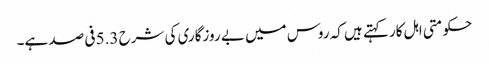
حکومتی اہل کار کہتے ہیں کہ روس میں بے روزگاری کی شرح 5.3 فی صد ہے۔